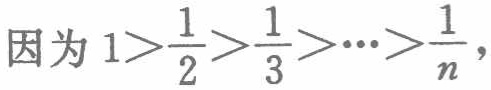
因为 \(1>\frac{1}{2}>\frac{1}{3}>\cdots>\frac{1}{n}\)，